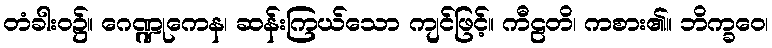
တံခါးဝ၌။ ဂေဏ္ဍုကေန၊ ဆန်းကြယ်သော ကျင်ဖြင့်။ ကီဠတိ၊ ကစား၏။ ဘိက္ခဝေ၊